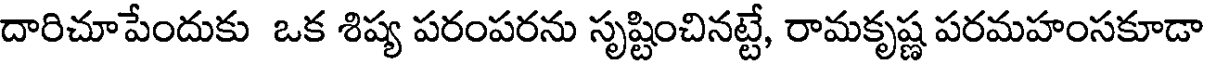
దారిచూపేందుకు ఒక శిష్య పరంపరను సృష్టించినట్టే, రామకృష్ణ పరమహంసకూడా